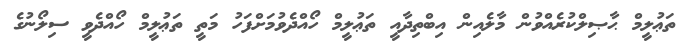
ތަޢުލީމް ޙާޞިލްކުރެއްވުން މާލެއިން އިބްތިދާއީ ތަޢުލީމް ހޯއްދެވުމަށްފަހު މަތީ ތަޢުލީމް ހޯއްދެވީ ސިލޯނުގެ